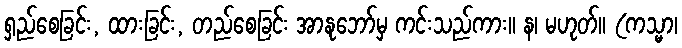
ရှည်စေခြင်း, ထားခြင်း, တည်စေခြင်း အာနုဘော်မှ ကင်းသည်ကား။ န၊ မဟုတ်။ (ကသ္မာ၊